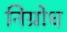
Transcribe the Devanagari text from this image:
निग्रोध